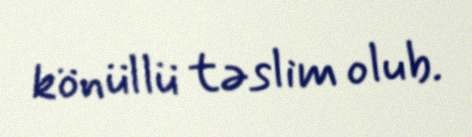
könüllü təslim olub.